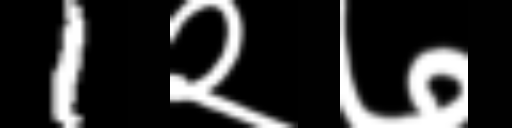
Text: 1२७